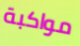
مواكبة